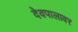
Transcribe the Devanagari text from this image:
देवपालावर